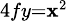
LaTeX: \scriptstyle4fy=\mathbf{x}^{2}